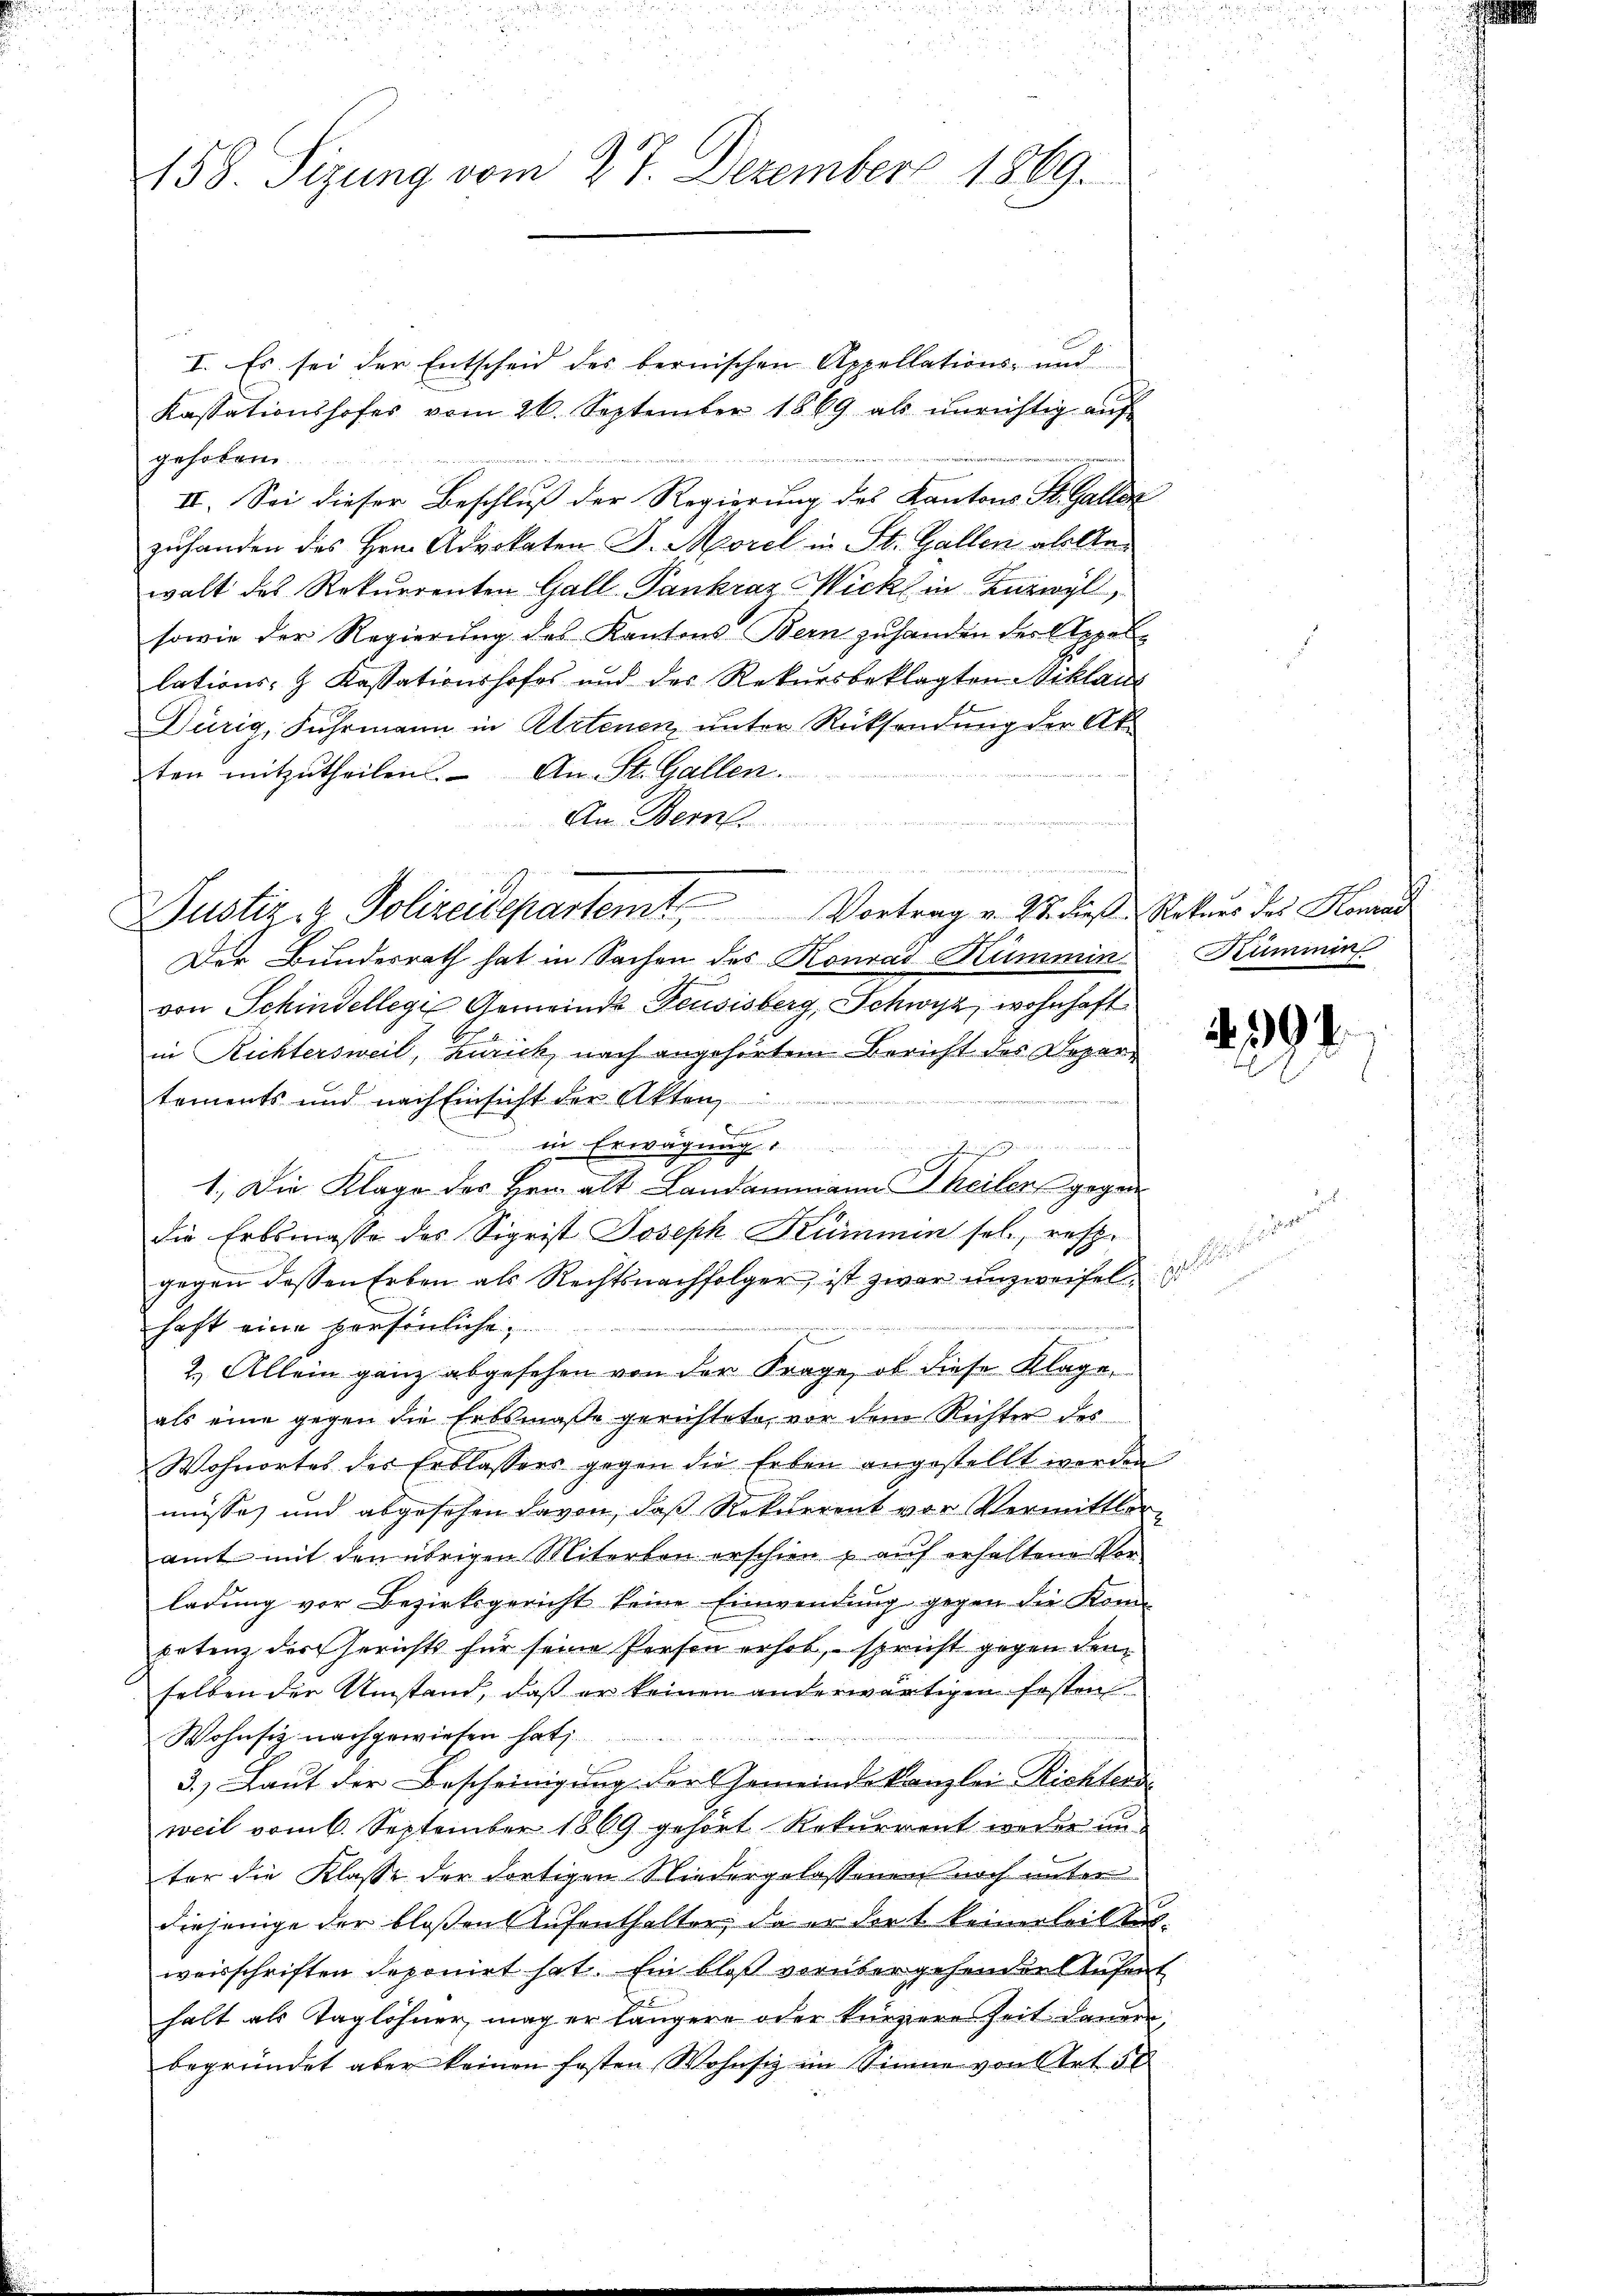
158. Sizung vom 27. Dezember 1869.

I. Es sei der Entscheid des bernischen Appellations- und
Kassationshofes vom 26. September 1869 als ŭnrichtig aŭf
 weder von der mit werden ein verner bereiten Sachendet haben u. Aber vertrheit verwiese
gehoben
II. Sei dieser Beschluß der Regierung des Kantons St. Galler
zuhanden des Hrn. Advokaten J. Morel in St. Gallen abollewalt des Rekurrenten Gall-Pankraz Mick in Zuzwyl,
sowie der Regierŭng des Kantons Bern zŭ handen der Appel
lations- & Kassationshofes und der Rekursbeklagten Viklaus
Dürig, Fuhrmann in Atetenen unter Rücksendung der Ak
ten mitzŭtheilen. An St. Gallen.
An Bern
Der Bundesrath hat in Sachen des Konrad Kümmin
von Schindellegi Gemeinde Feusisberg, Schwyz, wohnhaft
in Richtersweil, Zürich, nach angehörtem Bericht des Depar
tements und nach Einsicht der Akten
in Erwägung
m
1. Die Klage des Hrn. alt Landammann Theiler gegen
die Erbsmasse des Sigrist Joseph Kummen sol, resze
gegen dessen Erben als Rechtsnachfolger, ist zwar unzweifelhaft eine persönliche

2.) Allein ganz abgesehen von der Frage, ob diese Klage
als eine gegen die Erbsmaße gerichtete, vor dem Richter des
Wohnortes des Erblassers gegen die Erben angestellt worden
müsse, und abgesehen davon, daß Rekurrent vor Vermittleramt mit den übrigen Miterben erschien & auf erhaltene Vor-
ladung vor Bezirksgericht keine Einwendung gegen die Kon
petenz der Gerichts für seine Person erhob, spricht gegen den
selben der Umstand, daß er keinen anderwärtigen festen
Wohnsiz nachgewiesen hat
3.) Laut der Bescheinigung der Gemeinde kanzlei Richterdi
weil vom 6. September 1869 gehört Rekurrent weder unter die Klasse der dortigen Niedergelassenen noch unter
diejenige der bloßen Aufenthalter, da er dort keinerleistlichweisschriften deponirt hat. Ein bloß vorübergehenden Aufen
halt als Taglöhner, mag er längere oder kurzere Zeit dauern,
begründet aber keinen fasten Wohnsiz im Sinne von Art. 50

Justiz- & Polizeidepartemt Vortrag v. 27. diese Rekurs des Konrad

Kümmin

zuhalter

1394.